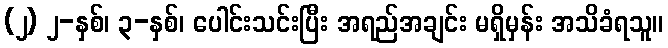
(၂) ၂-နှစ်၊ ၃-နှစ်၊ ပေါင်းသင်းပြီး အရည်အချင်း မရှိမှန်း အသိခံရသူ။